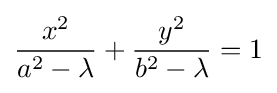
{\frac {x^{2}}{a^{2}-\lambda }}+{\frac {y^{2}}{b^{2}-\lambda }}=1